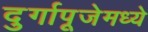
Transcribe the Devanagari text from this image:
दुर्गापूजेमध्ये